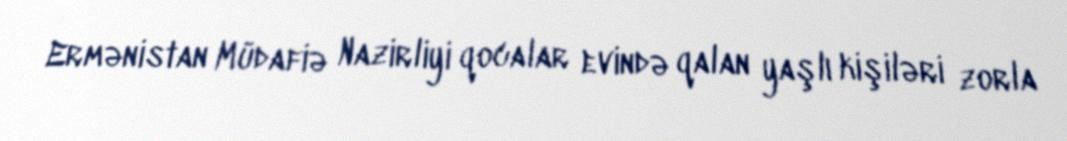
Ermənistan Müdafiə Nazirliyi qocalar evində qalan yaşlı kişiləri zorla